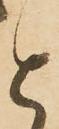
と